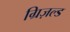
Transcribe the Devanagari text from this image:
ग्रिज़ल्ड